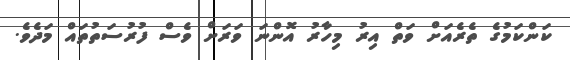
ކަންކަމުގެ ތެރެއަށް ވަތް އިރު މިހާރު އޮންނަ ވަރަށް ވެސް ފުރުސަތުތައް މަދެވެ.